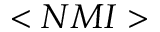
< N M I >